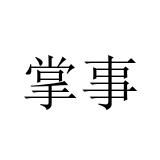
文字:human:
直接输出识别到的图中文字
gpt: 掌事